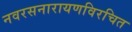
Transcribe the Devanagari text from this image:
नवरसनारायणविरचित